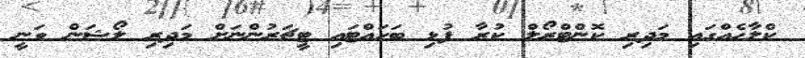
ކްލާހެއްގައި މަދިރި ކޮންޓްރޯލް ކުރާ ފުޅި ބަހައްޓައި ޓީޗަރުންނަށް މަދިރި ލޯޝަން ވަނީ